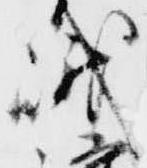
峨